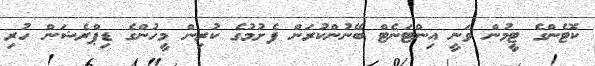
ކޮޓެންގެ ޓީމުން ވަނީ އިންޓަނެޓް ބޭނުންކުރަން ފެށުމުގެ ކުރިން މީހުންގެ ޑިޕްރެޝަން ހުރި